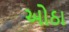
ઓઠા